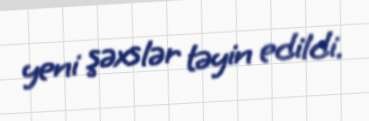
yeni şəxslər təyin edildi.